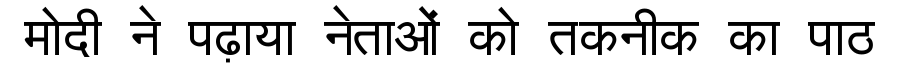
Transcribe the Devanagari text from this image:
मोदी ने पढ़ाया नेताओं को तकनीक का पाठ